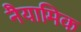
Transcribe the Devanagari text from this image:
नैयामिक